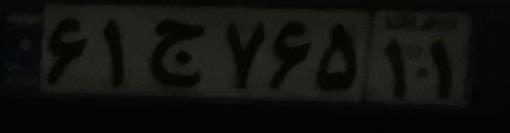
۶۱ج۷۶۵۱۱